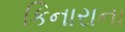
કિનારાના